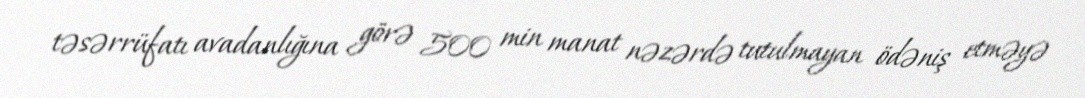
təsərrüfatı avadanlığına görə 500 min manat nəzərdə tutulmayan ödəniş etməyə